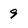
Character: 9